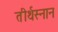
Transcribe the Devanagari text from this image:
तीर्थस्नान